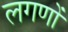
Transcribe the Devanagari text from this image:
लगणों